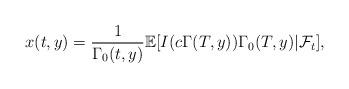
LaTeX: \begin{align*} x(t,y)=\frac{1}{\Gamma_0(t,y)}\mathbb{E}[I(c\Gamma(T,y))\Gamma_0(T,y)|\mathcal{F}_t],\end{align*}